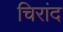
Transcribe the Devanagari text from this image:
चिरांद